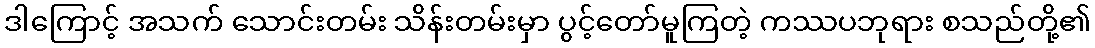
ဒါကြောင့် အသက် သောင်းတမ်း သိန်းတမ်းမှာ ပွင့်တော်မူကြတဲ့ ကဿပဘုရား စသည်တို့၏